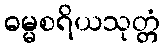
ဓမ္မစရိယသုတ္တံ